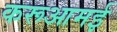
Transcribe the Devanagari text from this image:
करूआमई